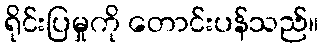
ရိုင်းပြမှုကို တောင်းပန်သည်။